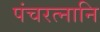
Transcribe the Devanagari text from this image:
पंचरत्नानि